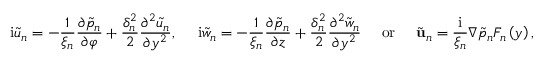
\mathrm { i } \tilde { u } _ { n } = - \frac { 1 } { \xi _ { n } } \frac { \partial \tilde { p } _ { n } } { \partial \varphi } + \frac { \delta _ { n } ^ { 2 } } { 2 } \frac { \partial ^ { 2 } \tilde { u } _ { n } } { \partial y ^ { 2 } } , \ \ \ \ \mathrm { i } \tilde { w } _ { n } = - \frac { 1 } { \xi _ { n } } \frac { \partial \tilde { p } _ { n } } { \partial z } + \frac { \delta _ { n } ^ { 2 } } { 2 } \frac { \partial ^ { 2 } \tilde { w } _ { n } } { \partial y ^ { 2 } } \ \ \ \ \mathrm { o r } \ \ \ \ \tilde { \mathbf { u } } _ { n } = \frac { \mathrm { i } } { \xi _ { n } } \nabla \tilde { p } _ { n } F _ { n } \left( y \right) ,